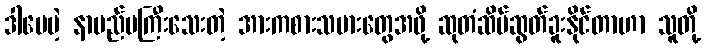
ဒါပေမဲ့ နာမည်မကြီးသေးတဲ့ အားကစားသမားတွေအဖို့ ဆုတံဆိပ်ဆွတ်ခူးနိုင်တာဟာ သူတို့